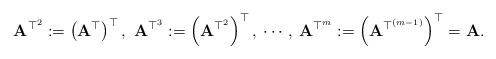
LaTeX: \begin{align*}\mathbf{A}^{\top^{2}}:=\left(\mathbf{A}^{\top}\right)^{\top},\ \mathbf{A}^{\top^{3}}:=\left(\mathbf{A}^{\top^{2}}\right)^{\top},\:\cdots,\:\mathbf{A}^{\top^{m}}:=\left(\mathbf{A}^{\top^{\left(m-1\right)}}\right)^{\top}=\mathbf{A}.\end{align*}